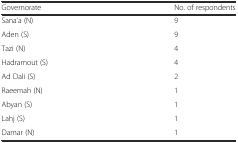
<table><thead><tr><td><b>Governorate</b></td><td><b>No. of respondents</b></td></tr></thead><tbody><tr><td>Sana’a (N)</td><td>9</td></tr><tr><td>Aden (S)</td><td>9</td></tr><tr><td>Tazi (N)</td><td>4</td></tr><tr><td>Hadramout (S)</td><td>4</td></tr><tr><td>Ad Dali (S)</td><td>2</td></tr><tr><td>Raeemah (N)</td><td>1</td></tr><tr><td>Abyan (S)</td><td>1</td></tr><tr><td>Lahj (S)</td><td>1</td></tr><tr><td>Damar (N)</td><td>1</td></tr></tbody></table>